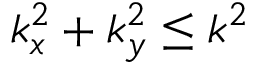
k _ { x } ^ { 2 } + k _ { y } ^ { 2 } \leq k ^ { 2 }